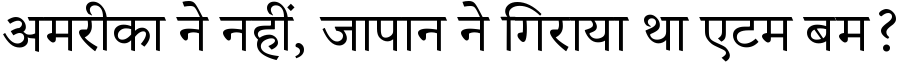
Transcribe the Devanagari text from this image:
अमरीका ने नहीं, जापान ने गिराया था एटम बम?